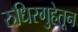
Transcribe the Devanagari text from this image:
रुधिरगुहेतून